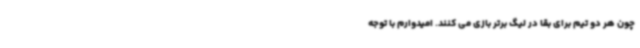
چون هر دو تیم برای بقا در لیگ برتر بازی می کنند. امیدوارم با توجه